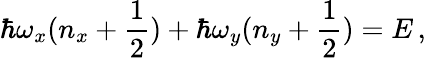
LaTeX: \hbar\omega_{x}(n_{x}+\frac{1}{2})+\hbar\omega_{y}(n_{y}+\frac{1}{2})=E\, ,